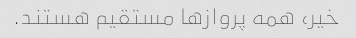
خیر، همه پروازها مستقیم هستند.